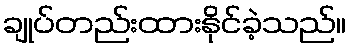
ချုပ်တည်းထားနိုင်ခဲ့သည်။